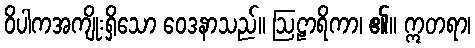
ဝိပါကအကျိုးရှိသော ဝေဒနာသည်။ ဩဠာရိကာ၊ ၏။ ဣတရာ၊